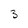
Character: 3